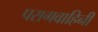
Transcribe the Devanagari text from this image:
परागवाहिनी